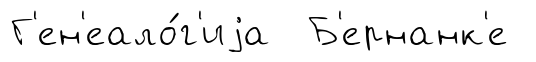
Г'ен'еало́г'иjа Б'ернанк'е